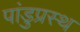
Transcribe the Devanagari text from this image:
पांडुप्रस्थ